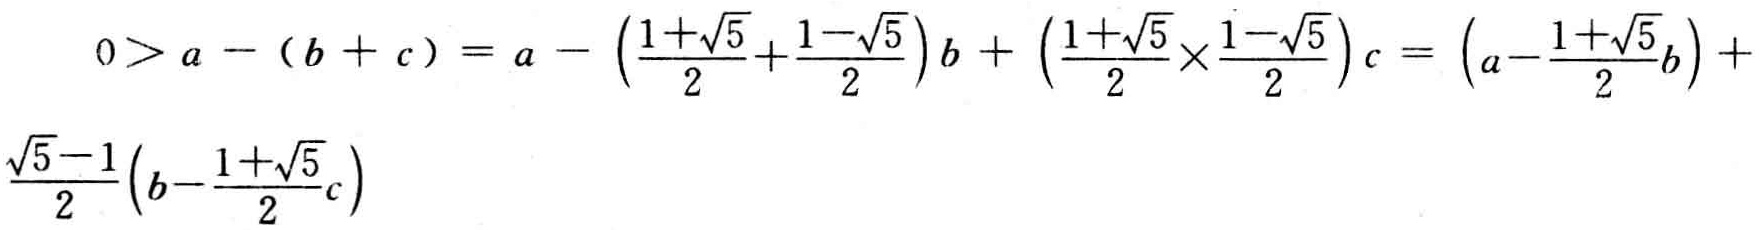
\[

\begin{align*}

0>a-(b + c)&=a-\left(\frac{1 + \sqrt{5}}{2}+\frac{1-\sqrt{5}}{2}\right)b+\left(\frac{1+\sqrt{5}}{2}\times\frac{1 - \sqrt{5}}{2}\right)c=\left(a-\frac{1+\sqrt{5}}{2}b\right)+\\

\frac{\sqrt{5}-1}{2}\left(b-\frac{1+\sqrt{5}}{2}c\right)

\end{align*}

\]